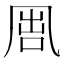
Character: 𠙕